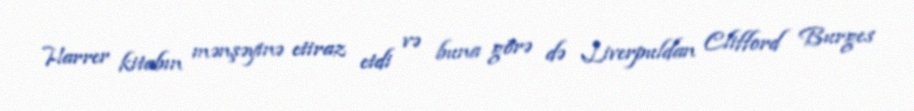
Harrer kitabın mənşəyinə etiraz etdi və buna görə də Liverpuldan Clifford Burges